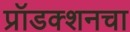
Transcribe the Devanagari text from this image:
प्रॉडक्शनचा